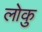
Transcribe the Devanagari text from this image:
लोकु